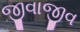
જીવાજીવ